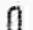
0